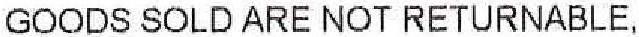
GOODS SOLD ARE NOT RETURNABLE,